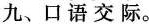
九、口语交际。